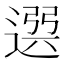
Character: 𨕖